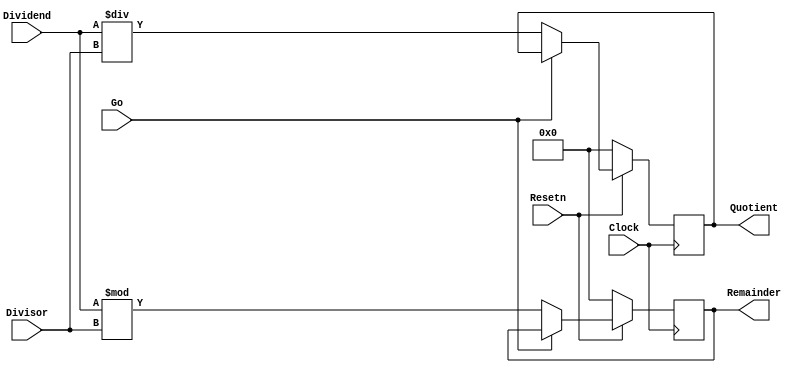
module part3(Clock, Resetn, Go, Divisor, Dividend, Quotient, Remainder);

	parameter WIDTH = 4;
	input Clock, Resetn,Go;
	output reg [WIDTH-1:0] Quotient, Remainder;
   input [WIDTH-1:0] Divisor;
   input [WIDTH-1:0] Dividend;

	always @(posedge Clock) begin
	
		if(Resetn == 0) begin
			Quotient <= 0;
			Remainder <= 0;
			
		end else if(!Go) begin
			Quotient <= Dividend / Divisor;
			Remainder <= Dividend % Divisor;
		end
	
	end
endmodule